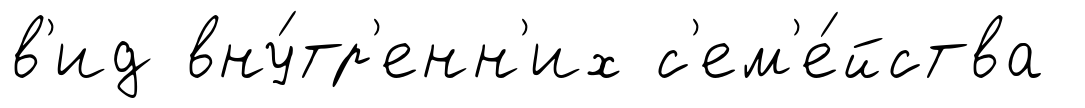
в'ид вну́тр'енн'их с'ем'е́йства